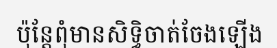
ប៉ុន្តែពុំមានសិទ្ធិចាត់ចែងឡើង